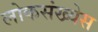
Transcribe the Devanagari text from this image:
लोकसंख्येस